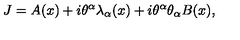
J = A ( x ) + i \theta ^ { \alpha } \lambda _ { \alpha } ( x ) + i \theta ^ { \alpha } \theta _ { \alpha } B ( x ) ,